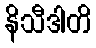
နိသီဒါတိ